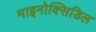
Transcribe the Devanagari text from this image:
माइनोक्सिडिल